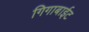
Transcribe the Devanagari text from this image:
गिगाबाईट